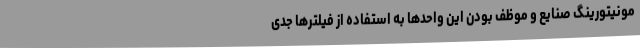
مونیتورینگ صنایع و موظف بودن این واحدها به استفاده از فیلترها جدی